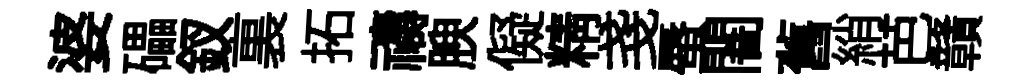
婆礧釵裏拓禱腴儗精戔蜃闇舊綃芭贛